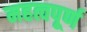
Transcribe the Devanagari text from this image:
महत्वपूर्ण